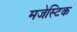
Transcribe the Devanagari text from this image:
मजेस्टिक